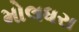
મોલધરા